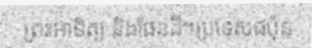
ព្រះអាទិត្យ និងផែនដី។ប្រទេសជប៉ុន